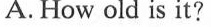
A. How old is it?